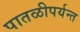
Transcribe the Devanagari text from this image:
पातळीपर्यन्त